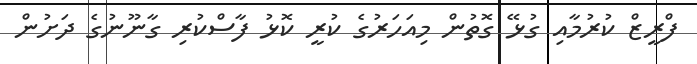
ފްރީޒް ކުރުމާއި ގުޅޭ ގޮތުން މިއަހަރުގެ ކުރީ ކޮޅު ފާސްކުރި ގާނޫނުގެ ދަށުން